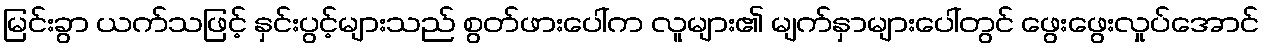
မြင်းခွာ ယက်သဖြင့် နှင်းပွင့်များသည် စွတ်ဖားပေါ်က လူများ၏ မျက်နှာများပေါ်တွင် ဖွေးဖွေးလှုပ်အောင်